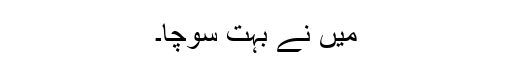
میں نے بہت سوچا۔